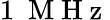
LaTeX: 1~\mathrm{~M~H~z~}